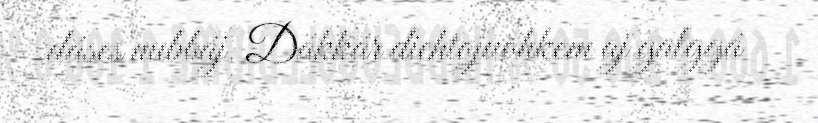
dáses nubbáj. Dákkár diehtojuohkem aj galggá